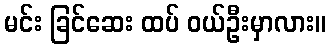
မင်း ခြင်ဆေး ထပ် ဝယ်ဦးမှာလား။